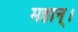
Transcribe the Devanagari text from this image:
महान्‌।